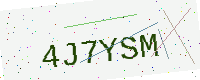
Text: 4J7YSM